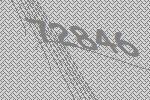
72846